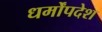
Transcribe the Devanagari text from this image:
धर्मोंपदेश